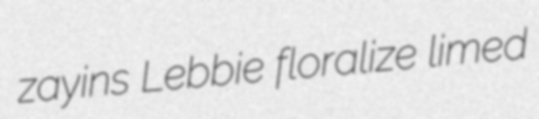
zayins Lebbie floralize limed